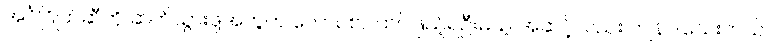
အင်္ဂါဂြိုဟ်ဆီကို ဆက်သွားဖို့အတွက် လောင်စာ ထပ်ဖြည့်ရဦးမယ့် အဆင့်လည်း ကျန်ပါသေးတယ်။